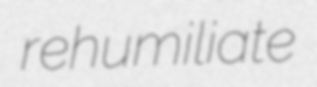
rehumiliate